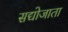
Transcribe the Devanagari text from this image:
सद्योजाता